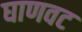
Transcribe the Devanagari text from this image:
घाणवट